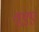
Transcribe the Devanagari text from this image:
युएए